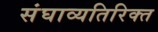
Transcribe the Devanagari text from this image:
संघाव्यतिरिक्त